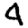
Digit: 4